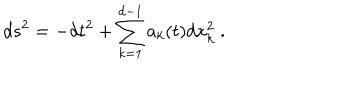
LaTeX: d s ^ { 2 } = - d t ^ { 2 } + \sum _ { k = 1 } ^ { d - 1 } a _ { k } ( t ) d x _ { k } ^ { 2 } \ .